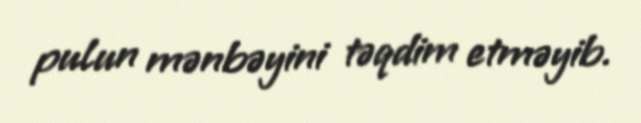
pulun mənbəyini təqdim etməyib.